Report on the cholera epidemic of
Year: 1868
Disease focus: Cholera
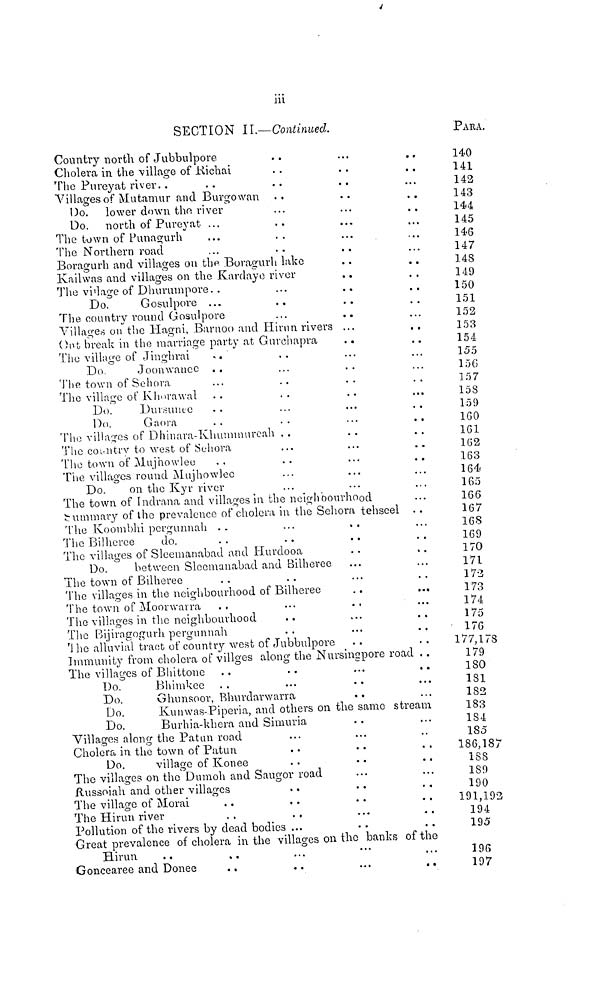
iii
SECTION II—Continued.
Country north of Jubbulpore
Cholera in the village of Richai
The Pureyat river..
Villages of Mutamur and Burgo wan ..
Do. lower down the river
Do. north of Pureyat ...
The town of Punagurh
The Northern road
Boragurh and villages on the Boragurh lake
Kailwas and villages on the Kardaye river
The village of Dhurumpore. .
Do.
Gosulpore ...
..
The country round Gosulpore
Villages on the Hagni, Barnoo and Hirun rivers
Ont break in the marriage party at Gurchapra
The village of Jinghrai
..
Do.
Joonwanee
..
The town of Sehora
The village of Khorawal
Do.
Dursunee
Do.
Gaora
The villages of Dhinara-Khuninurcah . .
The country to west of Sehora
The town of Mujhowlee
The villages round Mujhowlee
Do.
on the Kyr river
• •
• •
...
• •
• •
• •
• «
• •
• •
• •
• •
...
...
..
. » a
...
• a •
...
The town of Indrana and villages in the neighbourhood
Summary of the prevalence of cholera in the Sehora tehseel
The Koombhi pergunnah ..
The Bilheree
do.
The villages of Sleemanabad and Hurdooa
Do.
between Sleemanabad and Bilheree
The town of Bilheree
The villages in the neighbourhood of Bilheree
The town of Moorwarra
..
The villages in the neighbourhood
The Bijiragogurh pergunnah
T he alluvial tract of country west of Jubbulpore
« •
• •
..
...
. • a
• •
..
• . .
...
• •
Immunity from cholera of villges along the Nursinspore road
The villages of Bhittono
Do.
Bhimkee
Do.
Ghunsoor, Bhurdavwarra
». •
• •
• •
m •
...
• •
• •
• • •
...
• •
a *
• •
• •
...
.,
•• •
. •
• •
• a
..
• a
...
...
a a .
« •
a a t
. .
• a«
...
• a
• •
L ..
• •
...
...
Do.
Kunwas-Piperia, and others on the same stream
Do.
Burhia-khera and Simuria
Villages along the Patun road
Cholera in the town of Patun
Do.
village of Konee
The villages on the Dumoh and Saugor road
Russoiah and other villages
..
The village of Morai
The Hirun river
Pollution of the rivers by dead bodies ...
a •
. a .
• •
• •
...
• •
• •
• a «
• •
...
• «
a •
...
..
a •
..
a a
Great prevalence of cholera in the villages on the banks of the
Hirun
Goncearee and Donee
..
...
...
• •
PARA.
140
141
142
143
144
145
146
147
148
149
150
151
152
153
154
155
156
157
158
159
160
161
162
163
164
165
166
167
168
169
170
171
173
173
174
175
176
177,178
179
180
181
182
183
184
185
186,187
188
189
190
191,192
194
195
196
197